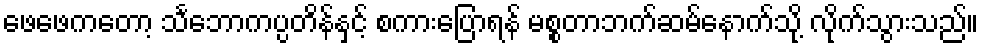
ဖေဖေကတော့ သင်္ဘောကပ္ပတိန်နှင့် စကားပြောရန် မစ္စတာဘက်ဆမ်နောက်သို့ လိုက်သွားသည်။